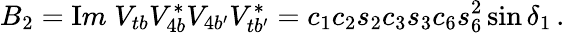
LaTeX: B_{2}={\mathrm Im}\; V_{tb}V_{4b}^{*}V_{4b^{\prime}}V_{tb^{\prime}}^{*}=c_{1}c_{2}s_{2}c_{3}s_{3}c_{6}s_{6}^{2}\sin\delta_{1}\, .